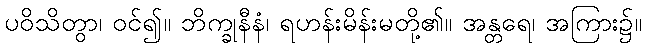
ပဝိသိတွာ၊ ဝင်၍။ ဘိက္ခုနီနံ၊ ရဟန်းမိန်းမတို့၏။ အန္တရေ၊ အကြား၌။